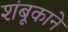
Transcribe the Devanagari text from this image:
शंबूकाने